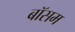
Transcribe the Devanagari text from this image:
बॉसम